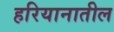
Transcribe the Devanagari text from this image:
हरियानातील